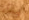
إمضاء